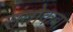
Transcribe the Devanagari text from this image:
संतोकबा